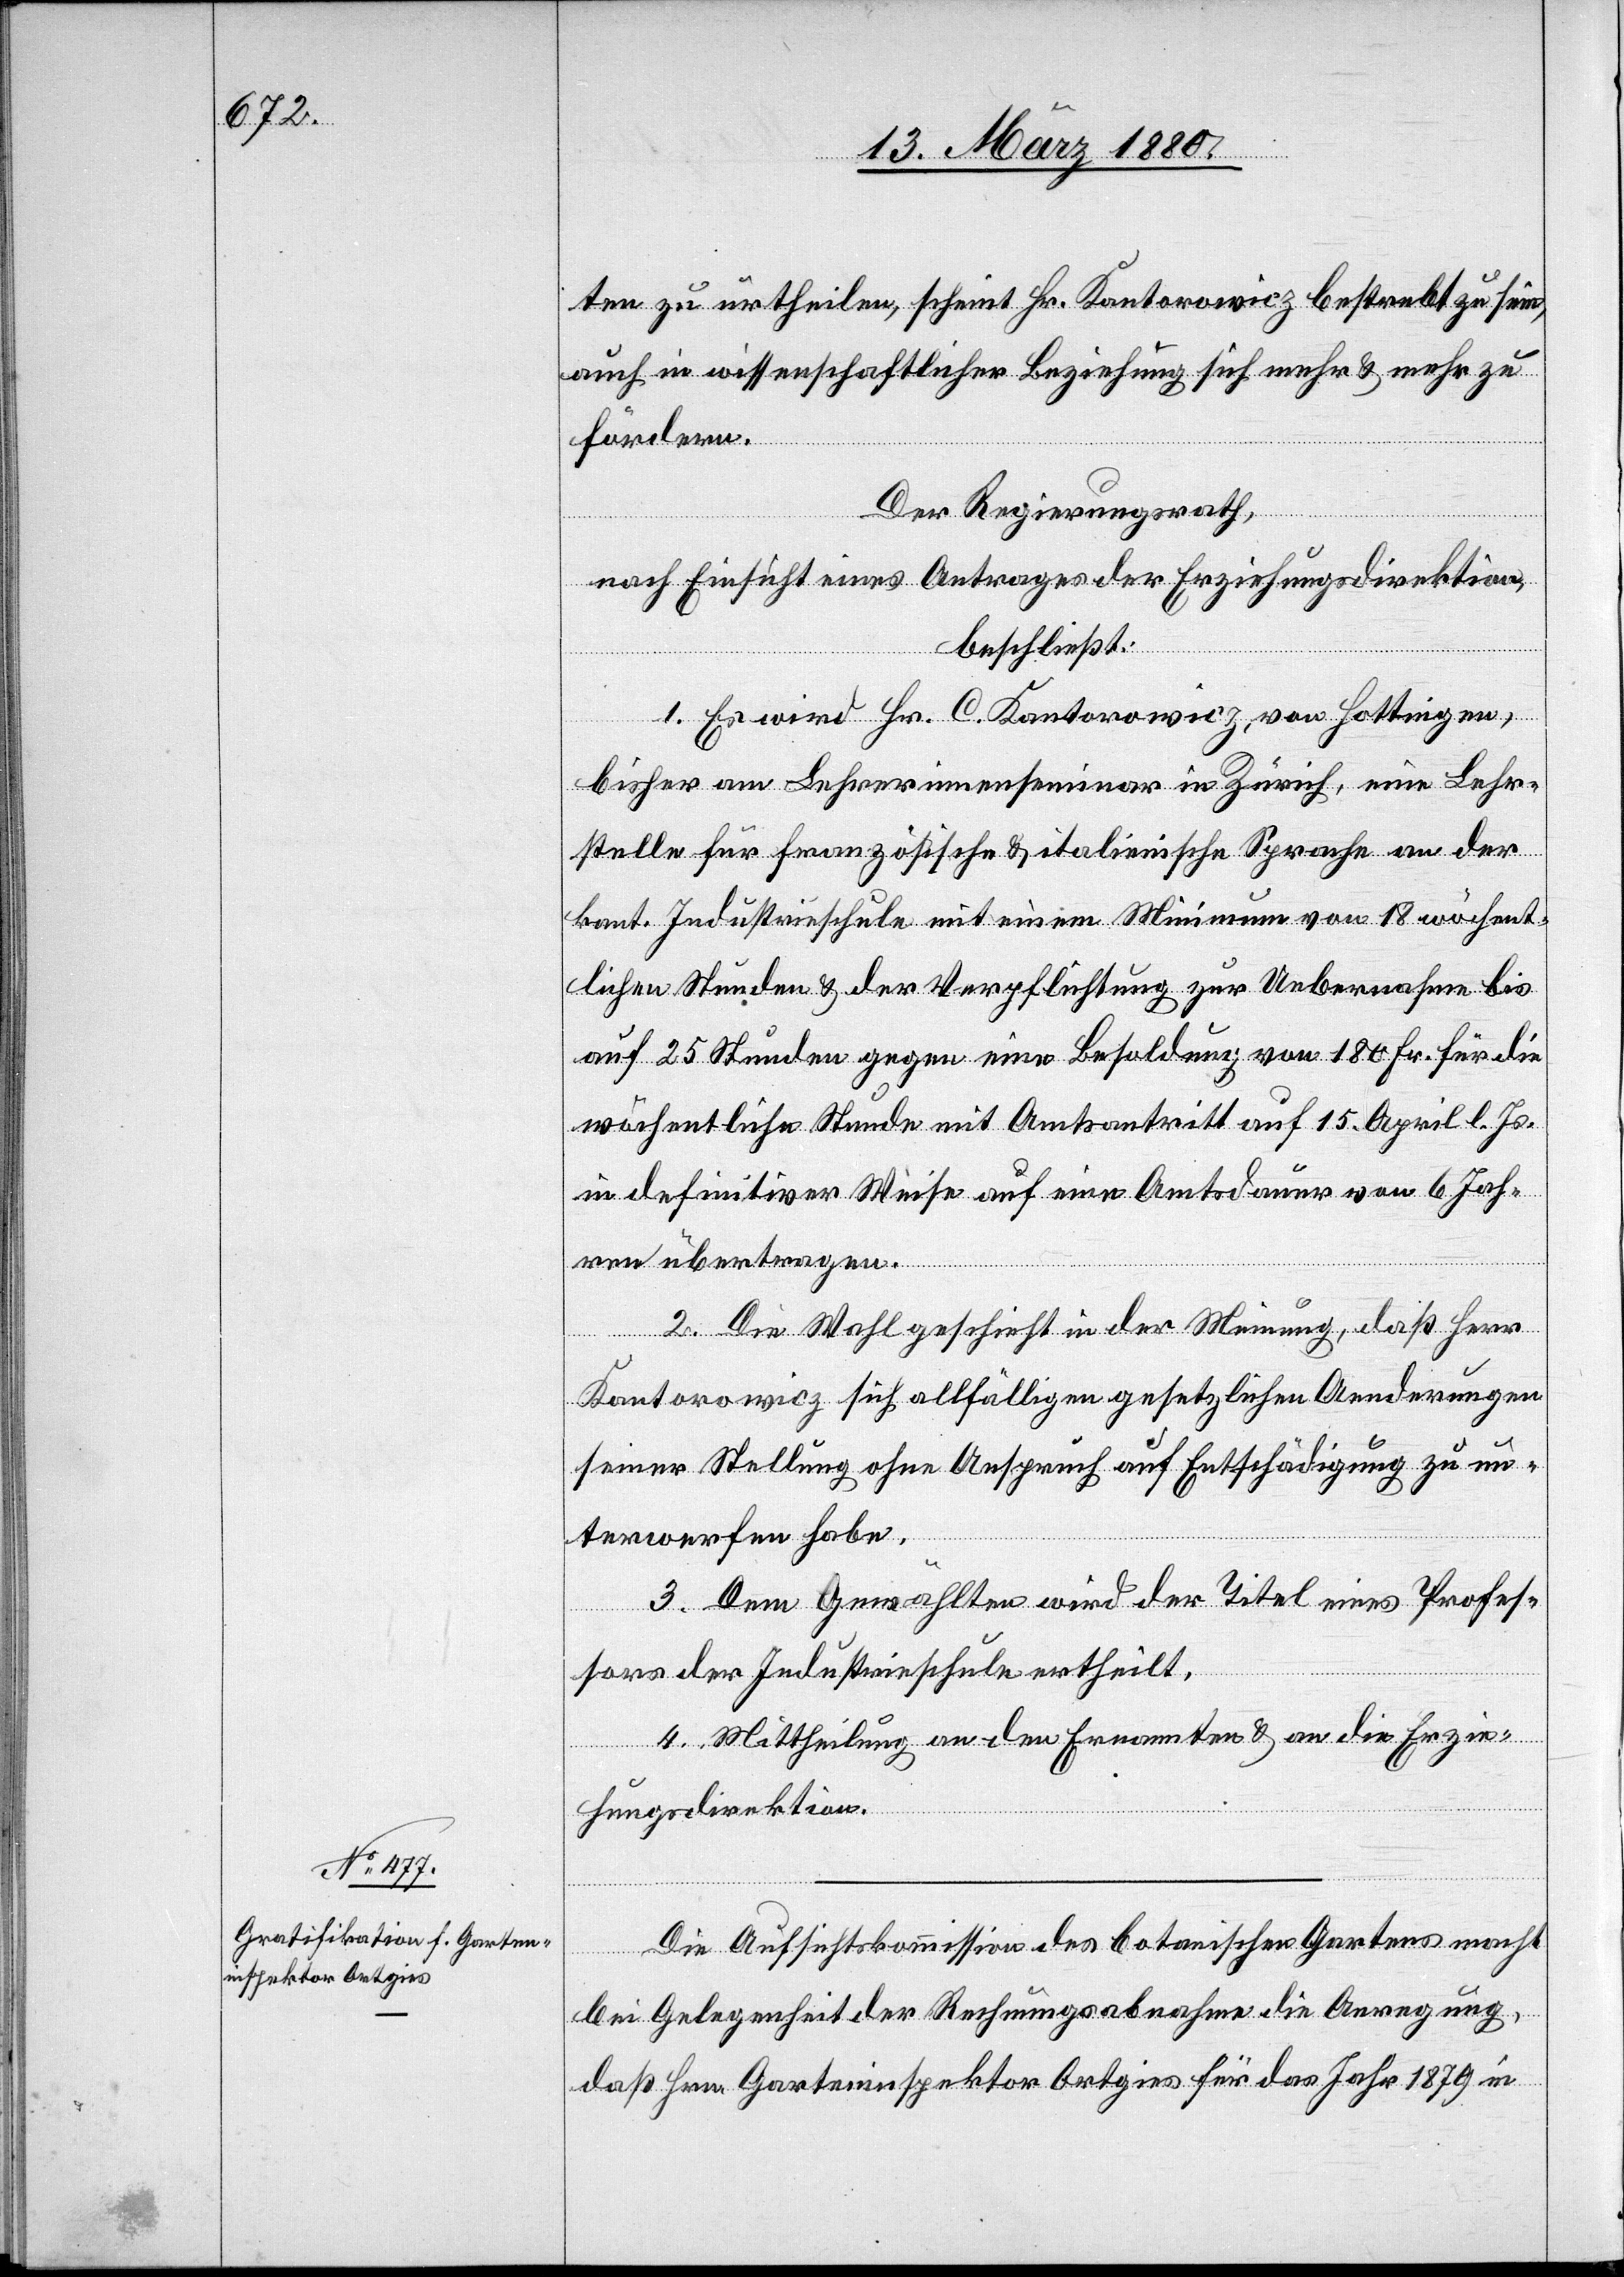
ten zu urtheilen, scheint Hr. Kantorowicz bestrebt zu sein,
auch in wissenschaftlicher Beziehung sich mehr & mehr zu
fördern.
Der Regierungsrath,
nach Einsicht eines Antrages der Erziehungsdirektion,
beschließt:
1. Es wird Hr. C. Kantorowicz, von Hottingen,
bisher am Lehrerinnenseminar in Zürich, eine Lehr¬
stelle für französische & italienische Sprache an der
kant. Industrieschule mit einem Minimum von 18 wöchent¬
lichen Stunden & der Verpflichtung zur Uebernahme bis
auf 25 Stunden gegen eine Besoldung von 180 Fr. für die
wöchentliche Stunde mit Amtsantritt auf 15. April l. Js.
in definitiver Weise auf eine Amtsdauer von 6 Jah¬
ren übertragen.
2. Die Wahl geschieht in der Meinung, daß Herr
Kantorowicz sich allfälligen gesetzlichen Aenderungen
seiner Stellung ohne Anspruch auf Entschädigung zu un¬
terwerfen habe.
3. Dem Gewählten wird der Titel eines Profes¬
sors der Industrieschule ertheilt.
4. Mittheilung an den Ernannten & an die Erzie¬
hungsdirektion.
Die Aufsichtskommission des botanischen Gartens macht
bei Gelegenheit der Rechnungsabnahme die Anregung,
daß Hrn. Garteninspektor Ortgies für das Jahr 1879 in